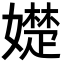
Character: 𡢟